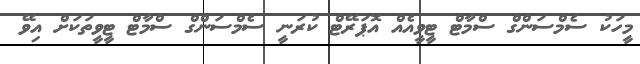
މީހަކު ސެމްސަންގް ސްމާޓް ޓީވީއެއް އޮޕަރޭޓް ކުރަނީ ސެމްސަންގް ސްމާޓް ޓީވީތަކަށް އިވޭ